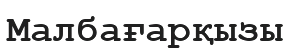
Малбағарқызы